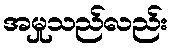
အမှုသည်လည်း